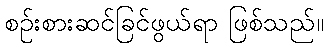
စဉ်းစားဆင်ခြင်ဖွယ်ရာ ဖြစ်သည်။